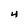
Character: 4